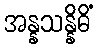
အန္နသန္နိဓိံ